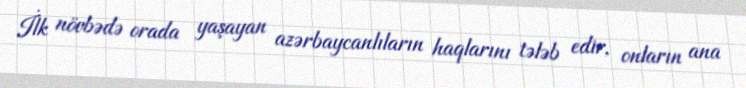
İlk növbədə orada yaşayan azərbaycanlıların haqlarını tələb edir, onların ana